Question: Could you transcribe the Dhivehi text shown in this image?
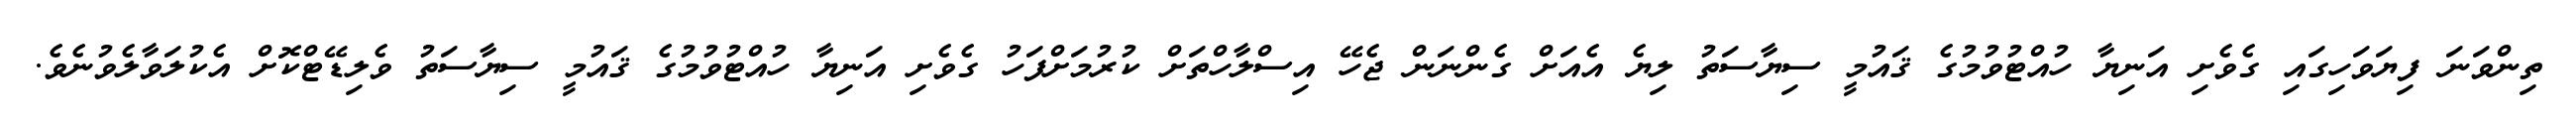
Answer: ތިންވަނަ ފިޔަވަހިގައި ގެވެށި އަނިޔާ ހުއްޓުވުމުގެ ޤައުމީ ސިޔާސަތު ލިޔެ އެއަށް ގެންނަން ޖެހޭ އިސްލާހްތަށް ކުރުމަށްފަހު ގެވެށި އަނިޔާ ހުއްޓުވުމުގެ ޤައުމީ ސިޔާސަތު ވެލިޑޭޓްކޮށް އެކުލަވާލެވުނެވެ.